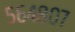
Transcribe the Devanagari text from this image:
५६४८०७